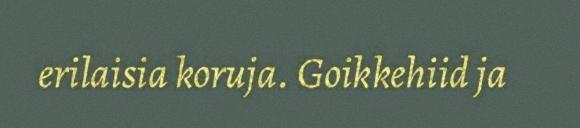
erilaisia koruja. Goikkehiid ja